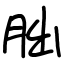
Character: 朏